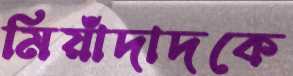
মিয়াঁদাদকে